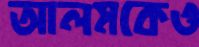
আলমকেও